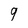
Character: g